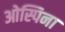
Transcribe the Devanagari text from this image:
ओस्पिना